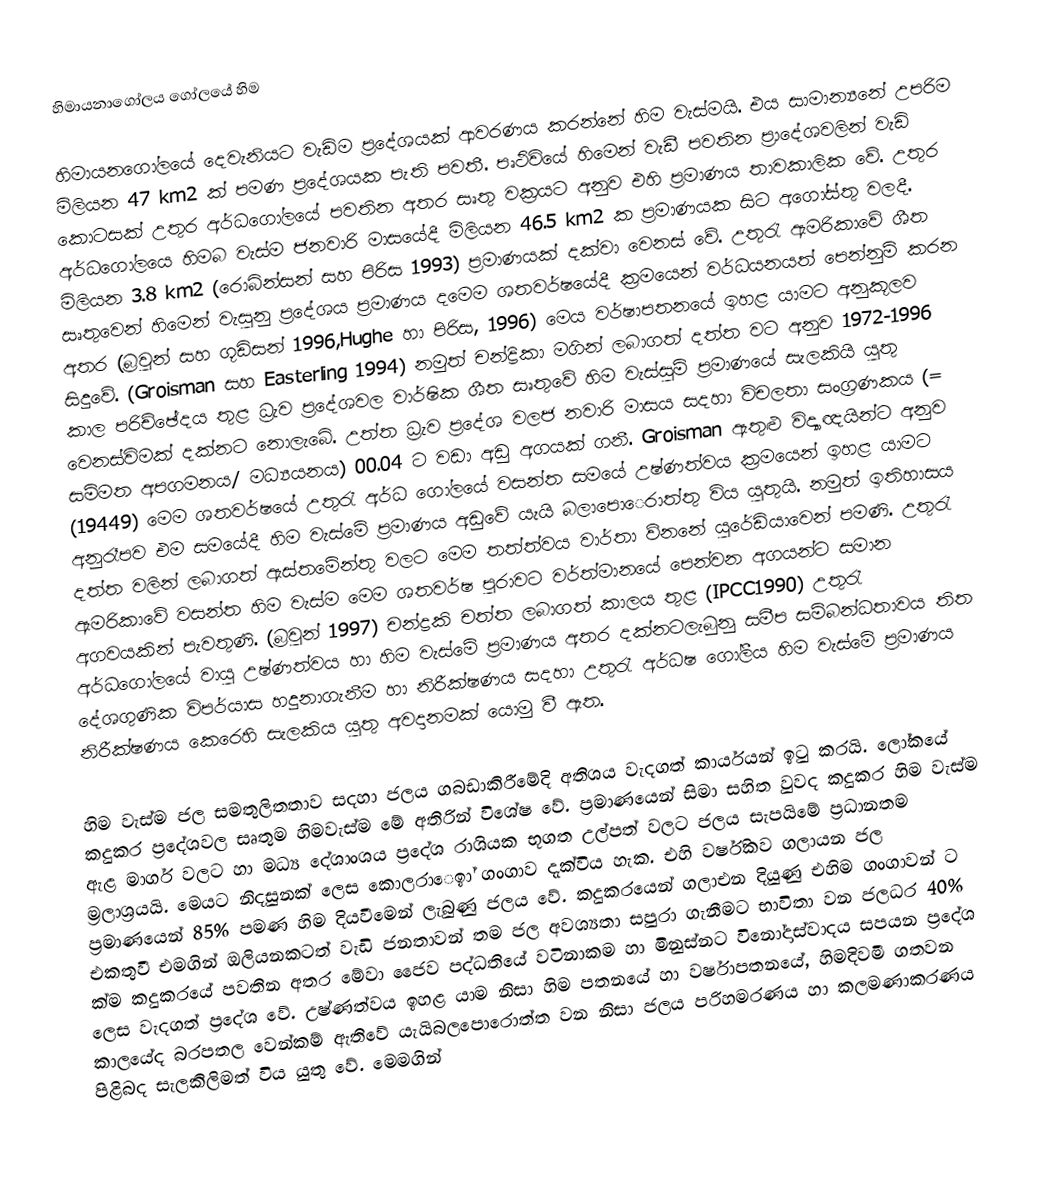
හිමායනාගෝලය ගෝලයේ හිම

හිමායනගෝලයේ දෙවැනියට වැඩිම ප්‍රදේශයක් ආවරණය කරන්නේ හිම වැස්මයි. එය සාමාන්‍යනේ උපරිම මිලියන 47 km2  ක් පමණ ප්‍රදේශයක පැති පවතී. පෘථිවියේ හිමෙන් වැඩී පවතින ප්‍රාදේශවලින් වැඩි කොටසක් උතුර අර්ධගෝලයේ පවතින අතර සෘතු වක්‍රයට අනුව එහි ප්‍රමාණය තාවකාලික වේ.  උතුර අර්ධගෝලයෙ හිමබ වැස්ම ජනවාරි මාසයේදී මිලියන 46.5 km2 ක ප්‍රමාණයක සිට අගෝස්තු වලදී. මිලියන 3.8 km2 (රොබින්සන් සහ පිරිස 1993) ප්‍රමාණයක් දක්වා වෙනස් වේ. උතුරැ ඇමරිකාවේ ශීත සෘතුවෙන් හිමෙන් වැසුනු ප්‍රදේශය ප්‍රමාණය දමෙම ශතවර්ෂයේදී ක්‍රමයෙන් වර්ධයනයත් පෙන්නුම් කරන අතර (බ්‍රවුන් සහ ගූඩිසන් 1996,Hughe හා පිරිස, 1996) මෙය වර්ෂාපතනයේ ඉහළ යාමට අනුකූලව සිදුවේ. (Groisman සහ Easterling 1994) නමුත් චන්ද්‍රිකා මගින් ලබාගත් දත්ත වට අනුව 1972-1996 කාල පරිච්ඡේදය තුළ ධ්‍රැව ප්‍ර‍දේශවල වාර්ෂික ශීත සෘතුවේ හිම වැස්සුම් ප්‍රමාණයේ සැලකියි යුතු වෙනස්විමක් දක්නට නොලැබේ. උත්ත ධ්‍රැව ප්‍රදේශ වලජ නවාරි මාසය සදහා විචලතා සංග්‍රණකය (= සම්මත අපගමනය/ මධ්‍යයනය) 00.04 ට වඩා අඩු අගයක් ගනී. Groisman ඇතුළු විද්‍යාඥයින්ට අනුව (19449) මෙම ශතවර්ෂයේ උතුරැ අර්ධ ගෝලයේ වසන්ත සමයේ උෂ්ණත්වය ක්‍රමයෙන් ඉහළ යාමට අනුරෑපව එම සමයේදී හිම වැස්මේ ප්‍රමාණය අඩුවේ යැයි බලාපො‍ෙරාත්තු විය යුතුයි. නමුත් ඉතිහාසය දත්ත වලින් ලබාගත් ඇස්තමේන්තු වලට මෙම තත්ත්වය වාර්තා ව්නනේ යුරේඩියාවෙන් පමණි. උතුරැ ඇමරිකාවේ වසන්ත හිම වැස්ම මෙම ශතවර්ෂ පුරාවට වර්ත්මානයේ පෙන්වන අගයන්ට සමාන අගවයකින් පැවතුණි. (බ්‍රවුන් 1997) චන්ද්‍රකි චත්ත ලබාගත් කාලය තුළ (IPCC1990) උතුරැ අර්ධගෝලයේ වායු උෂ්ණත්වය හා හිම වැස්මේ ප්‍රමාණය අතර දක්නටලැබුනු සමීප සම්බන්ධතාවය තිත දේශගුණික විපර්යාස හදුනාගැනීම හා නිරීක්ෂණය සදහා උතුරැ අර්ධෂ ගෝලීය හිම වැස්මේ  ප්‍රමාණය නිරීක්ෂණය කෙරෙහි සැලකිය යුතු අවදානමක් යොමු වී ඇත.

හිම වැස්ම ජල සමතුලිතතාව සදහා ජලය ගබඩාකිරීමේදි අතිශය වැදගත් කාර්යයන් ඉටු කරයි. ලෝකයේ කදුකර ප්‍රදේශවල සෘතුම හිමවැස්ම මේ අතිරින් විශේෂ වේ. ප්‍රමාණයෙන් සිමා සහිත වුවද කදුකර හිම වැස්ම ඇළ මාර්ග වලට හා මධ්‍ය දේශාංශය ප්‍රදේශ රාශියක භූගත උල්පත් වලට ජලය සැපයිමේ ප්‍රධානතම ම්‍රලාශ්‍රයයි. මෙයට නිදසුනක් ලෙස කොලරා‍ෙඉා් ගංගාව දැක්විය හැක. එහි වර්ෂිකව ගලායන ජල ප්‍රමාණයෙන් 85% පමණ හිම දියවීමෙන් ලැබුණු ජලය වේ. කදුකරයෙන් ගලාඑන දියුණු එහිම ගංගාවන් ට එකතුවී එමගින් ඔලියනකටත් වැඩි ජනතාවන් තම ජල අවශ්‍යතා සපුරා ගැනීමට භාවිතා වන ජලධර 40% ක්ම කදුකරයේ පවතින අතර මේවා ජෛව පද්ධතියේ වටිනාකම හා මිනුස්නට විනෝදාස්වාදය සපයන ප්‍රදේශ ලෙස වැදගත් ප්‍රදේශ වේ. උෂ්ණත්වය ඉහළ යාම නිසා හිම පතනයේ හා වර්ෂාපතනයේ, හිමදිවමී ගතවන කාලයේද බරපතල වෙන්කම් ඇතිවේ යැයිබලපොරොත්ත වන නිසා ජලය පරිහමරණය හා කලමණාකරණය පිළිබද සැලකිලිමත් විය යුතු වේ. මෙමගින්